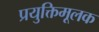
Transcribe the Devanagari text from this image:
प्रयुक्तिमूलक